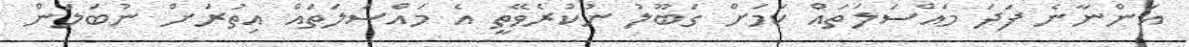
އަންނާނެ ފަދަ މައްސަލަތައް ކަމަށް ގަބޫލު ނުކުރެވޭތީ އެ މައްސަލަތައް އިތުރަށް ނުބަލަން